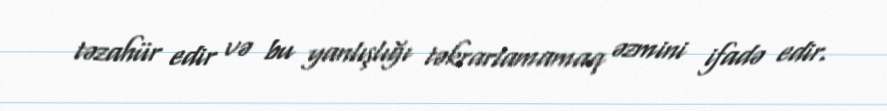
təzahür edir və bu yanlışlığı təkrarlamamaq əzmini ifadə edir.